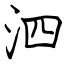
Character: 泗